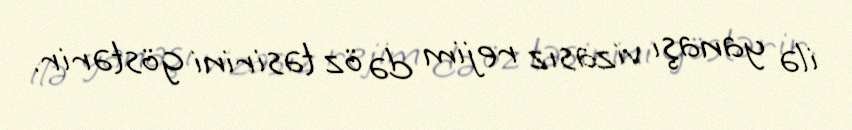
ilə yanaşı vizasız rejim də öz təsirini göstərir.